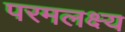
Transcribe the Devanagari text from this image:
परमलक्ष्य